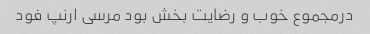
درمجموع خوب و رضایت بخش بود مرسی ارنپ فود